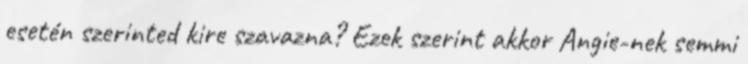
esetén szerinted kire szavazna? Ezek szerint akkor Angie-nek semmi